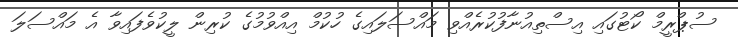
ސުޕްރީމް ކޯޓުގައި އިސްތިއުނާފުކުރެއްވި މައްސަލައިގެ ހުކުމް އިއްވުމުގެ ކުރިން ލީކުވެފައިވާ އެ މައްސަލަ